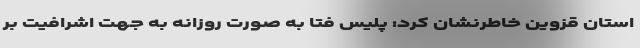
استان قزوین خاطرنشان کرد: پلیس فتا به صورت روزانه به جهت اشرافیت بر